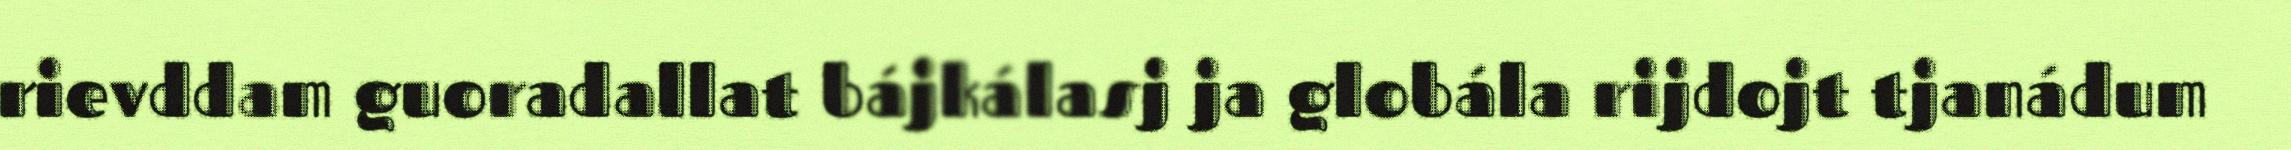
rievddam guoradallat bájkálasj ja globála rijdojt tjanádum